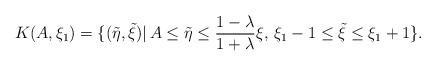
\begin{align*}K(A,\xi_1)=\{(\tilde{\eta},\tilde{\xi})|\,A\leq\tilde{\eta}\leq \frac{1-\lambda}{1+\lambda}\xi,\,\xi_1-1\leq \tilde{\xi}\leq\xi_1+1\}.\end{align*}